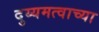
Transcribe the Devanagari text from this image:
दुय्यमत्वाच्या